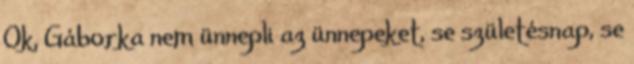
Ok, Gáborka nem ünnepli az ünnepeket, se születésnap, se